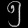
Digit: ၅